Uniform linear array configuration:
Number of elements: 12
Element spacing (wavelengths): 0.75
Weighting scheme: uniform
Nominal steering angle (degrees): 0
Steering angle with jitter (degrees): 1.425
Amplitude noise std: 0.05
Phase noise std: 0.05

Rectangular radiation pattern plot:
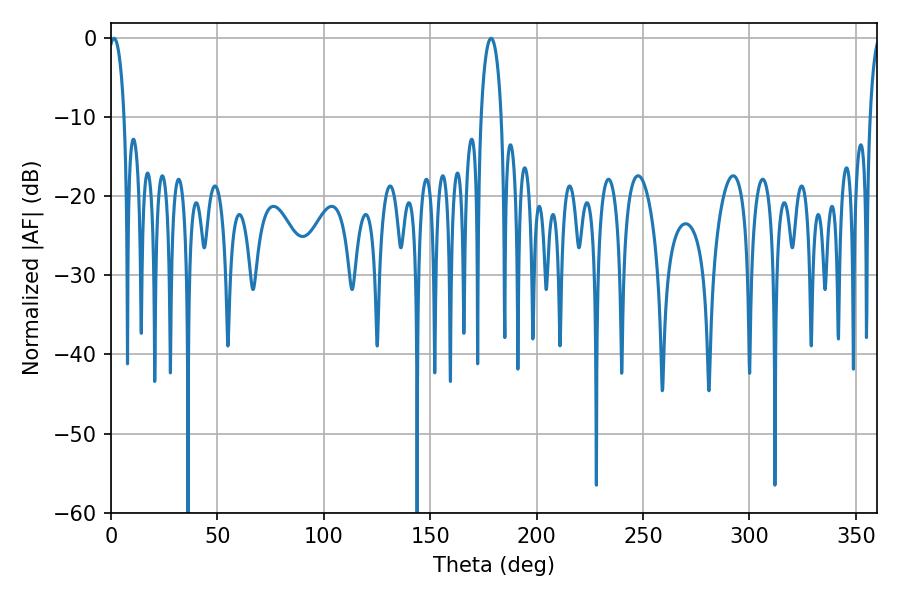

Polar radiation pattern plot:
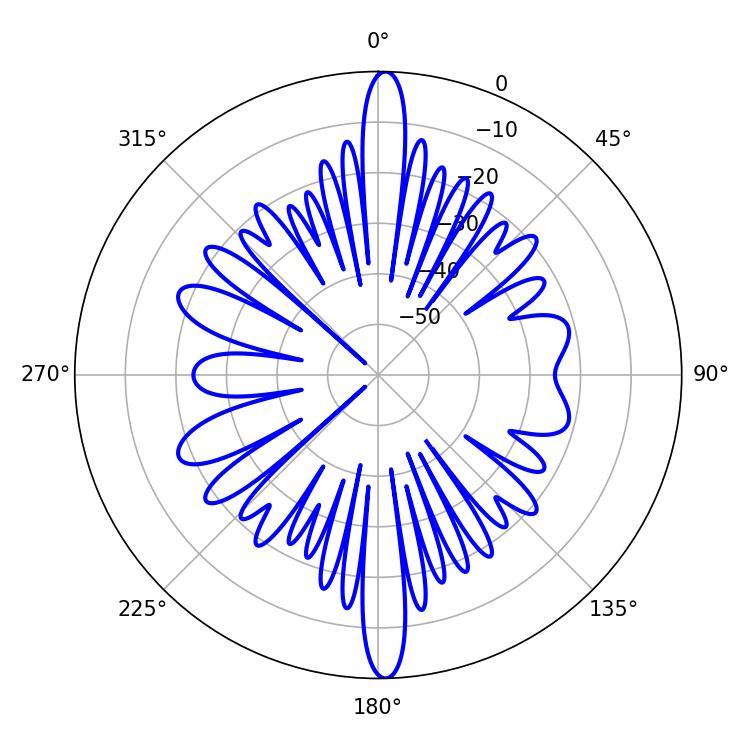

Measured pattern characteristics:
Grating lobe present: TRUE
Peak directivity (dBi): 27.703
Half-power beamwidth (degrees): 4.14
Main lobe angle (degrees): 1.44